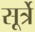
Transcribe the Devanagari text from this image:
सूर्त्रे